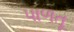
પાળતૂ